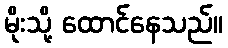
မိုးသို့ ထောင်နေသည်။